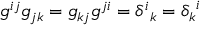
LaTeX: g ^ { i j } g _ { j k } = g _ { k j } g ^ { j i } = { \delta ^ { i } } _ { k } = { \delta _ { k } } ^ { i }